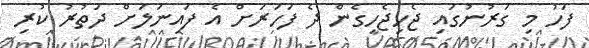
ފަހު މި ގަރުނުގައި ޖެހިޖެހިގެން ދެ ފަހަރަށް އެ ފައިނަލަށް ދަތުރު ކުރި